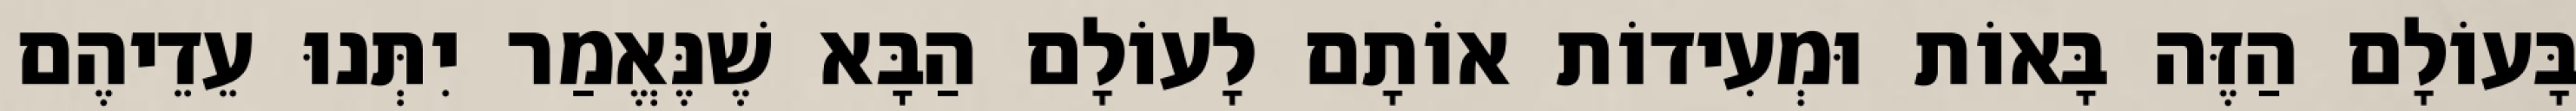
בָּעוֹלָם הַזֶּה בָּאוֹת וּמְעִידוֹת אוֹתָם לָעוֹלָם הַבָּא שֶׁנֶּאֱמַר יִתְּנוּ עֵדֵיהֶם